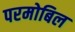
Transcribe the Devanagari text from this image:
परमोबिल